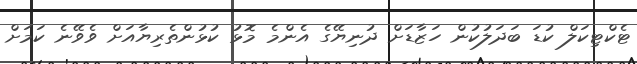
ޓެކްޓިކަލް ކުޑަ ބަދަލުކުން ހަޒާޑަށް ދުނިޔޭގެ އެންމެ މޮޅު ކުޅުންތެރިޔާއަށް ވެވޭނެ ކަމަށް